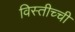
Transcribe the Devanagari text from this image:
विस्तीच्ची